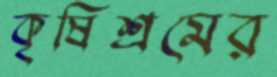
কৃষিশ্রমের